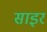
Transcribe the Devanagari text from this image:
साइर